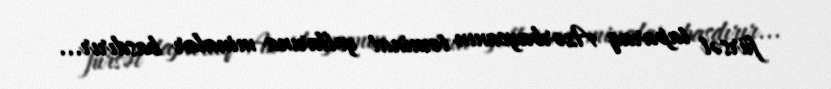
fürsət taparaq Azərbaycanın təminat yollarına minalar basdırır...